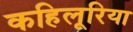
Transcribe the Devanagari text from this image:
कहिलूरिया